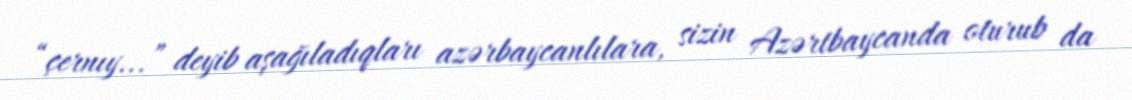
“çernıy...” deyib aşağıladıqları azərbaycanlılara, sizin Azərtbaycanda oturub da